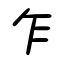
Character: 乍